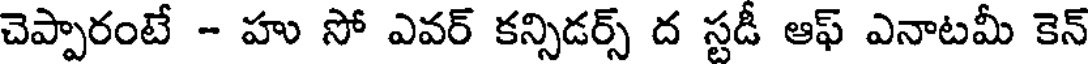
చెప్పారంటే - హు సో ఎవర్ కన్సిడర్స్ ద స్టడీ ఆఫ్ ఎనాటమీ కెన్